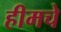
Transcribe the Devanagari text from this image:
हीमचे